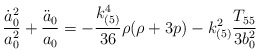
\begin{align*}\frac{\dot{a}^{2}_{0}}{a^{2}_{0}} + \frac{\ddot{a}_{0}}{a_{0}}= -\frac{k^{4}_{(5)}}{36} \rho(\rho+3p) -k^{2}_{(5)}\frac{T_{55}}{3b^{2}_{0}}\end{align*}